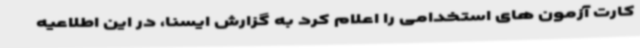
کارت آزمون های استخدامی را اعلام کرد به گزارش ایسنا، در این اطلاعیه